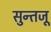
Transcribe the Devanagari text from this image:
सुन्तजू